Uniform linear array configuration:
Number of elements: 4
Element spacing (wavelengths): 0.75
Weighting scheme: blackman
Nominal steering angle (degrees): -60
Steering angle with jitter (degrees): -61.233
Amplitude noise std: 0.05
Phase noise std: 0.05

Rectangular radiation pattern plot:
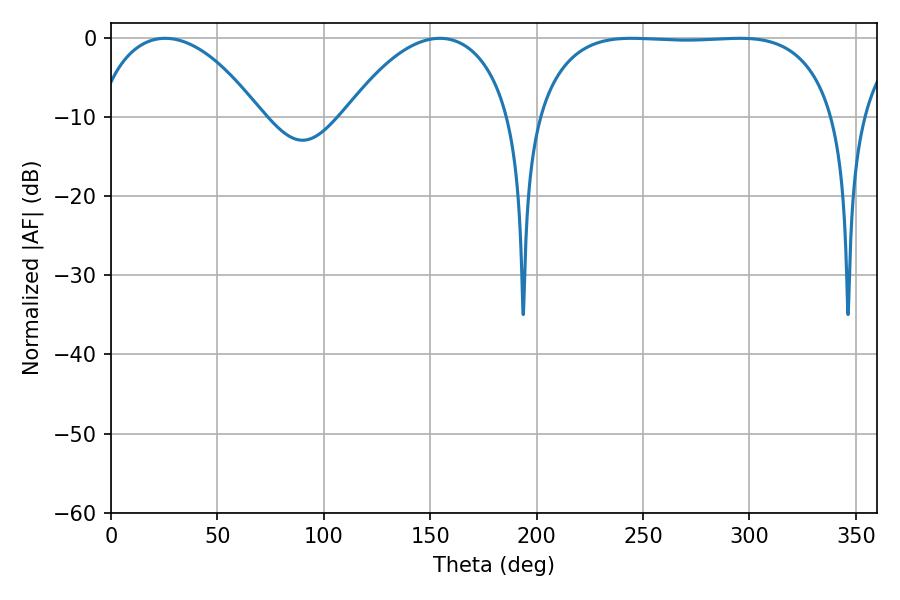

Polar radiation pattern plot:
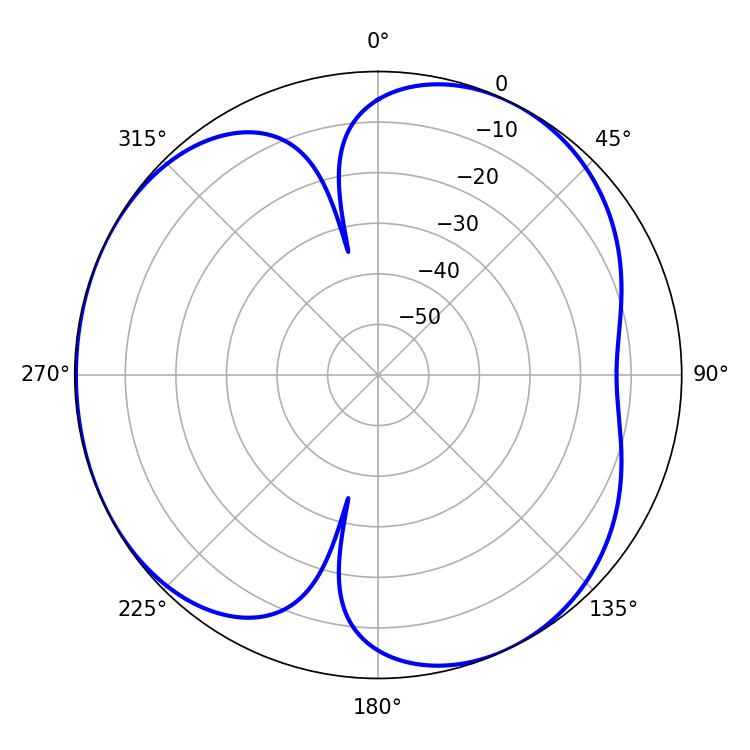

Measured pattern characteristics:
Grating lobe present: TRUE
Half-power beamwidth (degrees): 110.16
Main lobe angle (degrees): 295.38